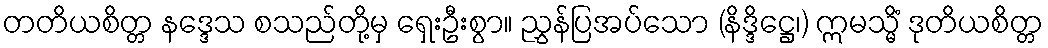
တတိယစိတ္တ နဒ္ဒေသ စသည်တို့မှ ရှေးဦးစွာ။ ညွှန်ပြအပ်သော (နိဒ္ဒိဋ္ဌေ၊) ဣမသ္မိံ ဒုတိယစိတ္တ